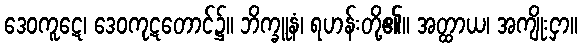
ဒေဝကူဋေ၊ ဒေဝကုဋတောင်၌။ ဘိက္ခူနံ၊ ရဟန်းတို့၏။ အတ္ထာယ၊ အကျိုးငှာ။